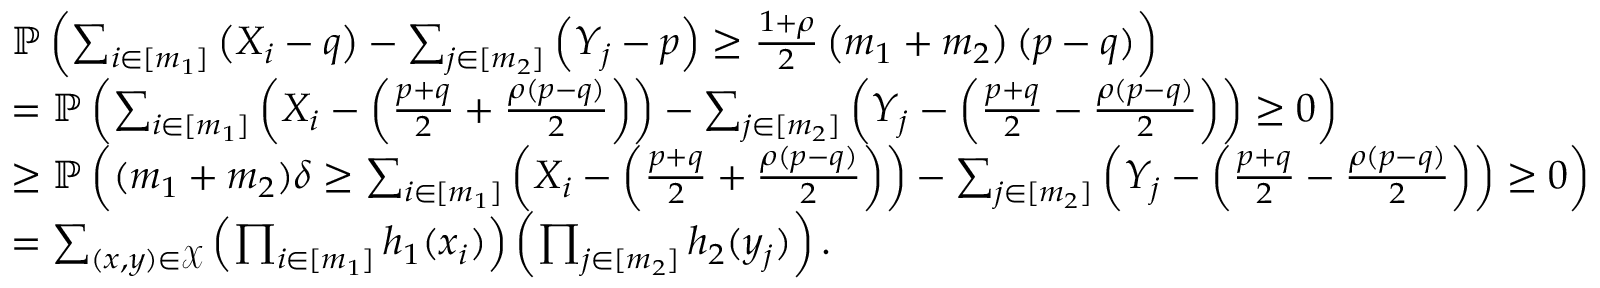
\begin{array} { r l } & { \mathbb { P } \left( \sum _ { i \in [ m _ { 1 } ] } \left( X _ { i } - q \right) - \sum _ { j \in [ m _ { 2 } ] } \left( Y _ { j } - p \right) \geq \frac { 1 + \rho } { 2 } \left( m _ { 1 } + m _ { 2 } \right) ( p - q ) \right) } \\ & { = \mathbb { P } \left( \sum _ { i \in [ m _ { 1 } ] } \left( X _ { i } - \left( \frac { p + q } { 2 } + \frac { \rho ( p - q ) } { 2 } \right) \right) - \sum _ { j \in [ m _ { 2 } ] } \left( Y _ { j } - \left( \frac { p + q } { 2 } - \frac { \rho ( p - q ) } { 2 } \right) \right) \geq 0 \right) } \\ & { \geq \mathbb { P } \left( ( m _ { 1 } + m _ { 2 } ) \delta \geq \sum _ { i \in [ m _ { 1 } ] } \left( X _ { i } - \left( \frac { p + q } { 2 } + \frac { \rho ( p - q ) } { 2 } \right) \right) - \sum _ { j \in [ m _ { 2 } ] } \left( Y _ { j } - \left( \frac { p + q } { 2 } - \frac { \rho ( p - q ) } { 2 } \right) \right) \geq 0 \right) } \\ & { = \sum _ { ( x , y ) \in \mathcal { X } } \left( \prod _ { i \in [ m _ { 1 } ] } h _ { 1 } ( x _ { i } ) \right) \left( \prod _ { j \in [ m _ { 2 } ] } h _ { 2 } ( y _ { j } ) \right) . } \end{array}